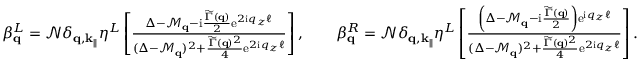
\begin{array} { r } { \beta _ { \mathbf { q } } ^ { L } = \mathcal { N } \delta _ { \mathbf { q } , \mathbf { k } _ { \parallel } } \eta ^ { L } \left[ \frac { \Delta - \mathcal { M } _ { \mathbf { q } } - \mathrm { i } \frac { \widetilde \Gamma ( \mathbf { q } ) } { 2 } \mathrm { e } ^ { 2 \mathrm { i } q _ { z } \ell } } { ( \Delta - \mathcal { M } _ { \mathbf { q } } ) ^ { 2 } + \frac { \widetilde \Gamma ( \mathbf { q } ) ^ { 2 } } { 4 } \mathrm { e } ^ { 2 \mathrm { i } q _ { z } \ell } } \right] , \qquad \beta _ { \mathbf { q } } ^ { R } = \mathcal { N } \delta _ { \mathbf { q } , \mathbf { k } _ { \parallel } } \eta ^ { L } \left[ \frac { \left( \Delta - \mathcal { M } _ { \mathbf { q } } - \mathrm { i } \frac { \widetilde \Gamma ( \mathbf { q } ) } { 2 } \right) \mathrm { e } ^ { \mathrm { i } q _ { z } \ell } } { ( \Delta - \mathcal { M } _ { \mathbf { q } } ) ^ { 2 } + \frac { \widetilde \Gamma ( \mathbf { q } ) ^ { 2 } } { 4 } \mathrm { e } ^ { 2 \mathrm { i } q _ { z } \ell } } \right] . } \end{array}